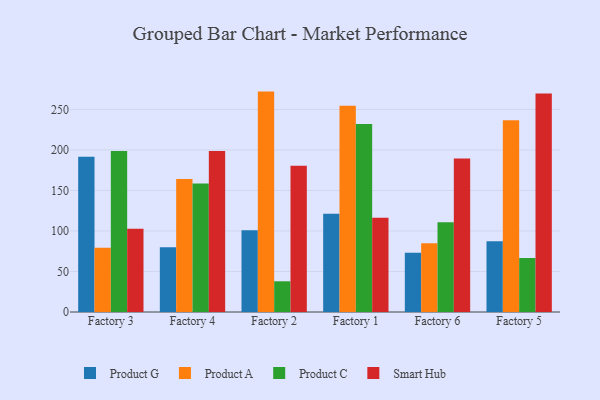
{"axis": {"x": "Factory", "y": "Churn Rate (%)"}, "legend": ["Product A", "Product C", "Product G", "Smart Hub"], "data": [{"x": "Factory 3", "y": 191.7, "type": "Product G"}, {"x": "Factory 3", "y": 79.4, "type": "Product A"}, {"x": "Factory 3", "y": 198.7, "type": "Product C"}, {"x": "Factory 3", "y": 102.7, "type": "Smart Hub"}, {"x": "Factory 4", "y": 80.0, "type": "Product G"}, {"x": "Factory 4", "y": 164.2, "type": "Product A"}, {"x": "Factory 4", "y": 158.7, "type": "Product C"}, {"x": "Factory 4", "y": 198.6, "type": "Smart Hub"}, {"x": "Factory 2", "y": 100.8, "type": "Product G"}, {"x": "Factory 2", "y": 272.0, "type": "Product A"}, {"x": "Factory 2", "y": 37.9, "type": "Product C"}, {"x": "Factory 2", "y": 180.4, "type": "Smart Hub"}, {"x": "Factory 1", "y": 121.4, "type": "Product G"}, {"x": "Factory 1", "y": 254.4, "type": "Product A"}, {"x": "Factory 1", "y": 232.1, "type": "Product C"}, {"x": "Factory 1", "y": 116.2, "type": "Smart Hub"}, {"x": "Factory 6", "y": 73.1, "type": "Product G"}, {"x": "Factory 6", "y": 84.7, "type": "Product A"}, {"x": "Factory 6", "y": 110.9, "type": "Product C"}, {"x": "Factory 6", "y": 189.3, "type": "Smart Hub"}, {"x": "Factory 5", "y": 87.2, "type": "Product G"}, {"x": "Factory 5", "y": 236.5, "type": "Product A"}, {"x": "Factory 5", "y": 66.6, "type": "Product C"}, {"x": "Factory 5", "y": 269.6, "type": "Smart Hub"}]}